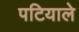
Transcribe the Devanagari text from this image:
पटियाले